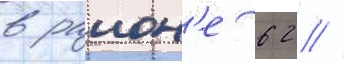
в раион'е 62 /